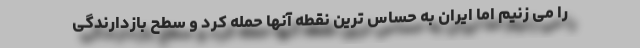
را می زنیم اما ایران به حساس ترین نقطه آنها حمله کرد و سطح بازدارندگی